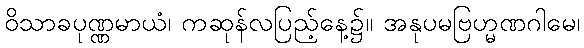
ဝိသာခပုဏ္ဏမာယံ၊ ကဆုန်လပြည့်နေ့၌။ အနုပမဗြဟ္မဏဂါမေ၊